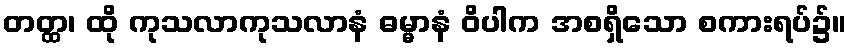
တတ္ထ၊ ထို ကုသလာကုသလာနံ ဓမ္မာနံ ဝိပါက အစရှိသော စကားရပ်၌။